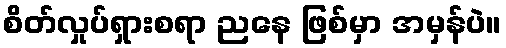
စိတ်လှုပ်ရှားစရာ ညနေ ဖြစ်မှာ အမှန်ပဲ။